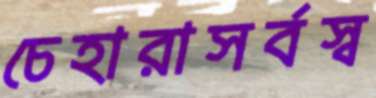
চেহারাসর্বস্ব